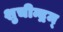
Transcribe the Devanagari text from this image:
शुचीन्द्रम्